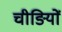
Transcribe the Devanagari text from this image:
चीङियों